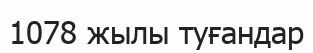
1078 жылы туғандар